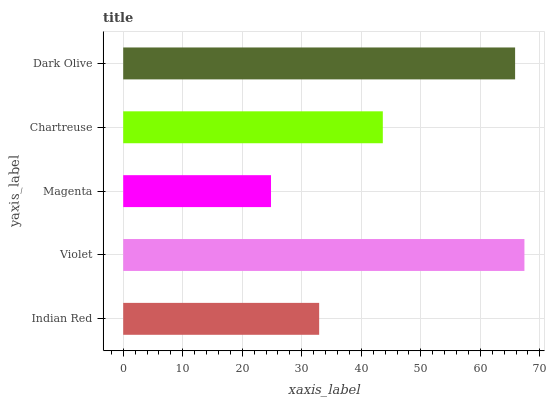
| yaxis_label | bars |
 | --- | --- |
 | Indian Red | 32.9 |
 | Violet | 67.4 |
 | Magenta | 24.8 |
 | Chartreuse | 43.6 |
 | Dark Olive | 65.8 |